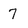
Character: 7